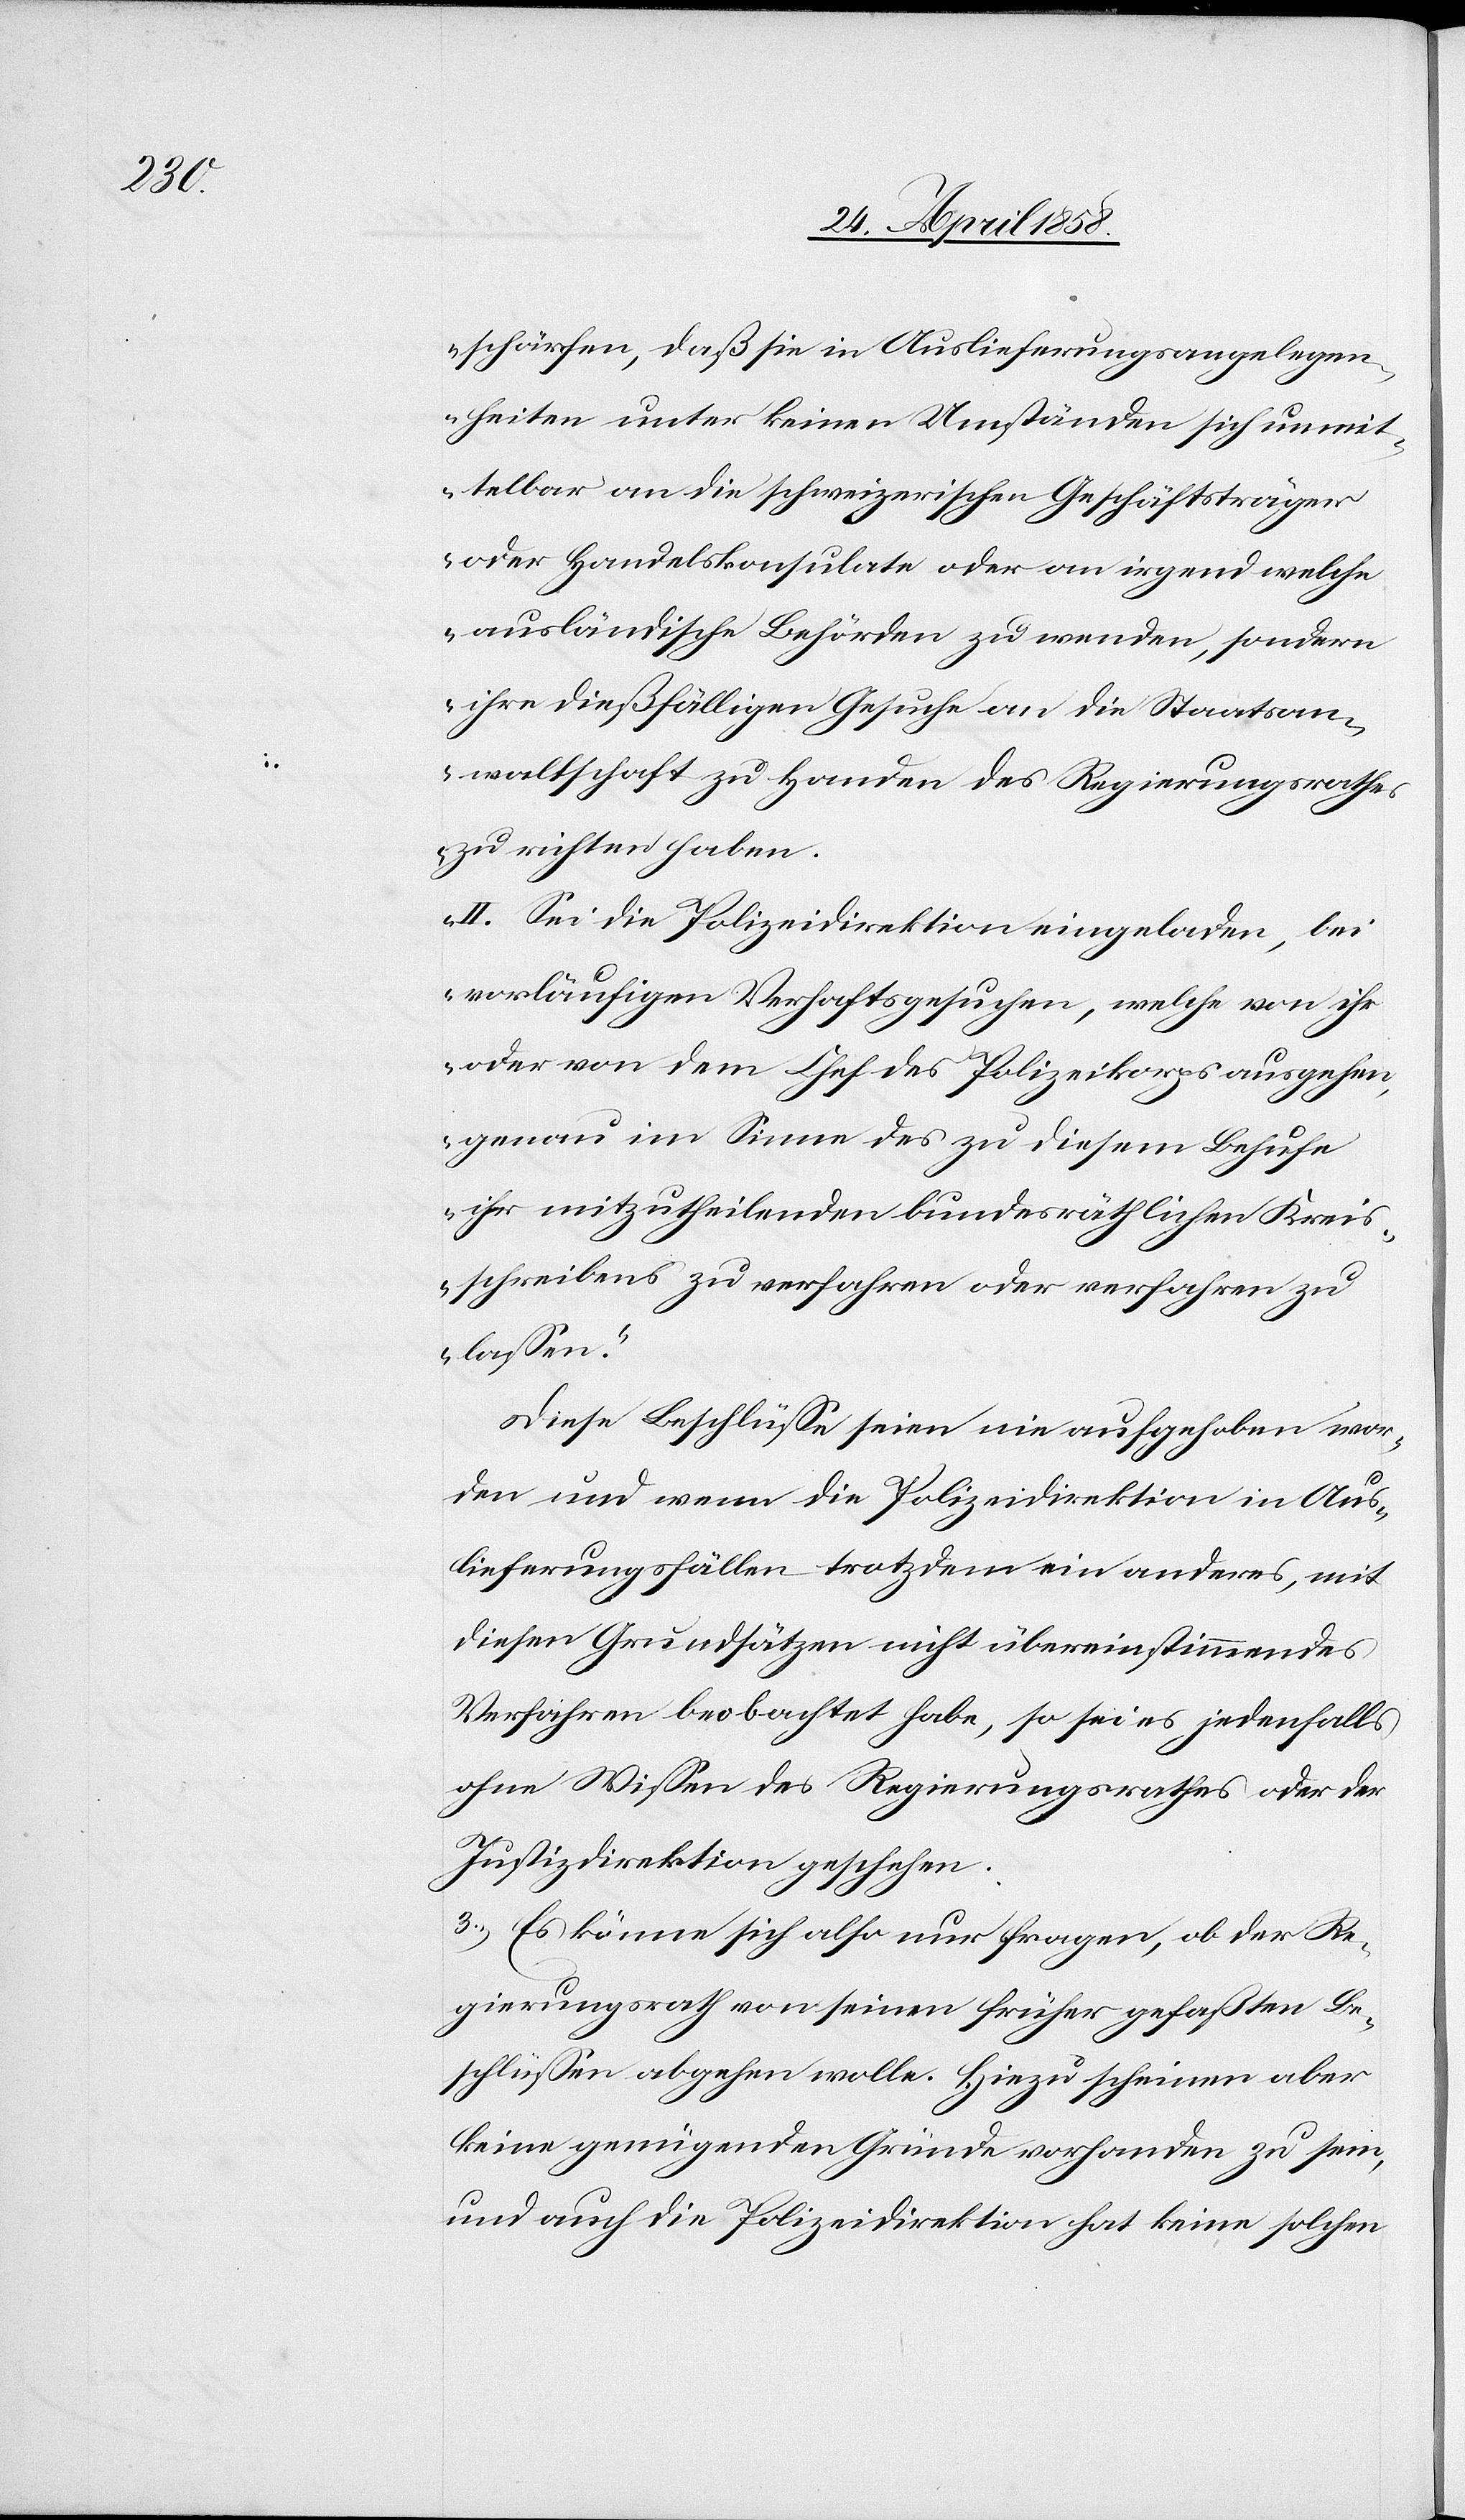
schärfen, daß sie in Auslieferungsangelegen¬
heiten unter keinen Umständen sich unmit¬
telbar an die schweizerischen Geschäftsträger
oder Handelskonsulate oder an irgend welche
ausländischen Behörden zu wenden, sondern
ihre dießfälligen Besuche an die Staatsan¬
waltschaft zu Handen des Regierungsrathes
zu richten haben.
II. Sie die Polizeidirektion eingeladen, bei
vorläufigen Verhaftsgesuchen, welche von ihr
oder von dem Chef des Polizeikorps ausgehen,
genau im Sinne des zu diesem Behufe
ihr mitzutheilenden bundesräthlichen Kreis¬
schreibens zu verfahren oder verfahren zu
lassen.“
Diese Beschlüsse seien nie aufgehoben wor¬
den und wenn die Polizeidirektion in Aus¬
lieferungsfällen trotzdem ein anderes, mit
diesen Grundsätzen nicht übereinstimmendes
Verfahren beobachtet habe, so sei es jedenfalls
ohne Wissen des Regierungsrathes oder der
Justizdirektion geschehen.
3. Es könne sich also nur fragen, ob der Re¬
gierungsrath von seinen früher gefaßten Be¬
schlüssen abgehen wolle. Hiezu scheinen aber
keine genügenden Gründe vorhanden zu sein,
und auch die Polizeidirektion hat keine solchen